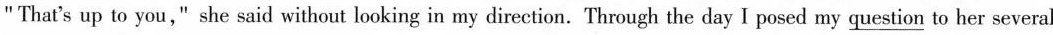
"That's up to you," she said without looking in my direction. Through the day I posed my \underline{question} to her several